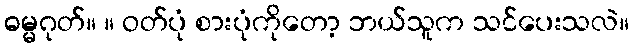
ဓမ္မဂုတ်။ ။ ဝတ်ပုံ စားပုံကိုတော့ ဘယ်သူက သင်ပေးသလဲ။